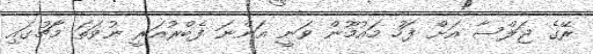
ރޭގެ ޖަލްސާ އަށް ފަހު މައުމޫން ވަނީ އަންނަ ފެބްރުއަރީ ނުވަތަ މާޗުގައި